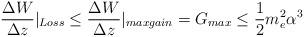
LaTeX: \begin{align*}\frac {\Delta W}{\Delta z} |_{Loss} \leq \frac {\Delta W}{\Delta z}|_{max gain} = G_{max} \leq \frac {1}{2} m_e^2 \alpha^3\end{align*}